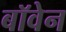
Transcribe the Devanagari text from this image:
बॉवेन